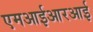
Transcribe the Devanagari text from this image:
एमआईआरआई